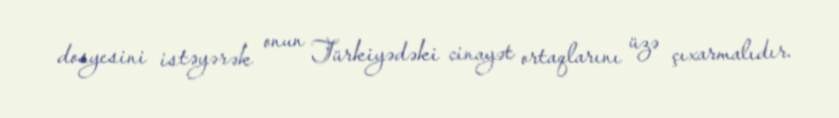
dosyesini istəyərək onun Türkiyədəki cinayət ortaqlarını üzə çıxarmalıdır.